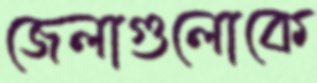
জেলাগুলোকে